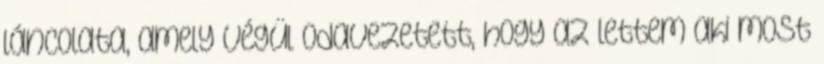
láncolata, amely végül odavezetett, hogy az lettem aki most